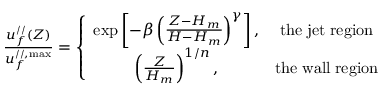
\begin{array} { r } { \frac { u _ { f } ^ { / / } \left( Z \right) } { u _ { f } ^ { / / , \operatorname* { m a x } } } = \left\{ \begin{array} { c c } { \mathrm { e x p } \left[ - \beta \left( \frac { Z - H _ { m } } { H - H _ { m } } \right) ^ { \gamma } \right] , } & { \mathrm { t h e \; j e t \; r e g i o n } } \\ { \left( \frac { Z } { H _ { m } } \right) ^ { 1 / n } , } & { \mathrm { t h e \; w a l l \; r e g i o n } } \end{array} \right. } \end{array}